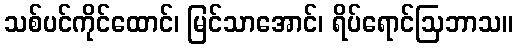
သစ်ပင်ကိုင်ထောင်၊ မြင်သာအောင်၊ ရိပ်ရောင်ဩဘာသ။